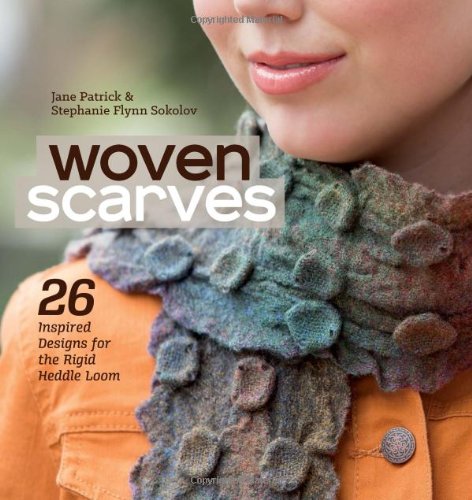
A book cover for Woven Scarves: 26 Inspired Designs for the Rigid Heddle Loom; Jane Patrick; Crafts, Hobbies & Home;